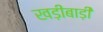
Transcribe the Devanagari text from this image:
खड़ीबाड़ी